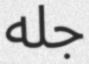
جله